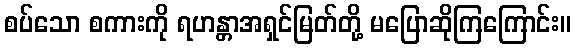
စပ်သော စကားကို ရဟန္တာအရှင်မြတ်တို့ မပြောဆိုကြကြောင်း။